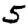
Digit: 5